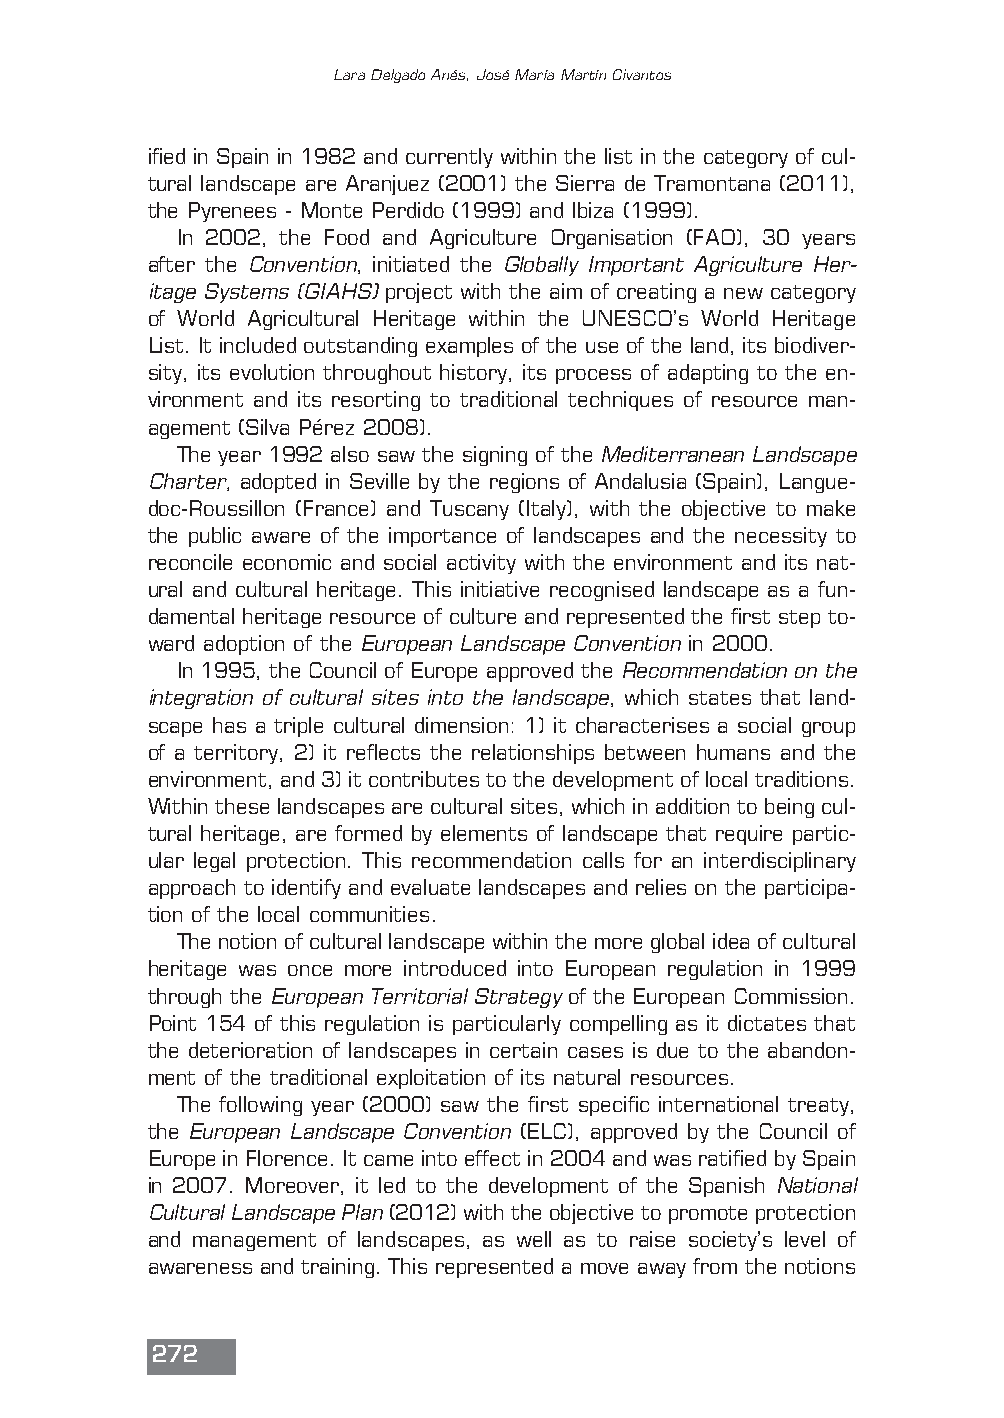
Lara Delgado Anés, José María Martín Civantos
 ified in Spain in 1982 and currently within the list in the category of cul-
 tural landscape are Aranjuez (2001) the Sierra de Tramontana (2011),
 the Pyrenees - Monte Perdido (1999) and Ibiza (1999).
 In 2002, the Food and Agriculture Organisation (FAO), 30 years
 after the Convention, initiated the Globally Important Agriculture Her-
 itage Systems (GIAHS)project with the aim of creating a new category
 of World Agricultural Heritage within the UNESCO’s World Heritage
 List. It included outstanding examples of the use of the land, its biodiver-
 sity, its evolution throughout history, its process of adapting to the en-
 vironment and its resorting to traditional techniques of resource man-
 agement (Silva Pérez 2008).
 The year 1992 also saw the signing of the Mediterranean Landscape
 Charter, adopted in Seville by the regions of Andalusia (Spain), Langue-
 doc-Roussillon (France) and Tuscany (Italy), with the objective to make
 the public aware of the importance of landscapes and the necessity to
 reconcile economic and social activity with the environment and its nat-
 ural and cultural heritage. This initiative recognised landscape as a fun-
 damental heritage resource of culture and represented the first step to-
 ward adoption of the European Landscape Conventionin 2000.
 In 1995, the Council of Europe approved the Recommendation on the
 integration of cultural sites into the landscape, which states that land-
 scape has a triple cultural dimension: 1) it characterises a social group
 of a territory, 2) it reflects the relationships between humans and the
 environment, and 3) it contributes to the development of local traditions.
 Within these landscapes are cultural sites, which in addition to being cul-
 tural heritage, are formed by elements of landscape that require partic-
 ular legal protection. This recommendation calls for an interdisciplinary
 approach to identify and evaluate landscapes and relies on the participa-
 tion of the local communities.
 The notion of cultural landscape within the more global idea of cultural
 heritage was once more introduced into European regulation in 1999
 through the European Territorial Strategyof the European Commission.
 Point 154 of this regulation is particularly compelling as it dictates that
 the deterioration of landscapes in certain cases is due to the abandon-
 ment of the traditional exploitation of its natural resources.
 The following year (2000) saw the first specific international treaty,
 the European Landscape Convention(ELC), approved by the Council of
 Europe in Florence. It came into effect in 2004 and was ratified by Spain
 in 2007. Moreover, it led to the development of the Spanish National
 Cultural Landscape Plan(2012) with the objective to promote protection
 and management of landscapes, as well as to raise society’s level of
 awareness and training. This represented a move away from the notions
 272